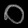
Digit: ၀